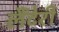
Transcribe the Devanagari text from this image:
लैंटेरी